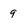
Character: 9